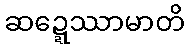
ဆဍ္ဍေဿာမာတိ